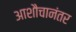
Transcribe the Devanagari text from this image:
आशौचानंतर